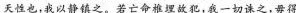
天性也，我以静镇之。若亡命椎埋故犯，我一切诛之，毋得